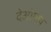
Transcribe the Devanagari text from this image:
देओगांव